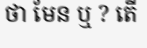
ថា មែន ឬ ? តើ